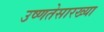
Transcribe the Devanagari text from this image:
उष्णतेसारख्या